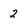
Character: 2